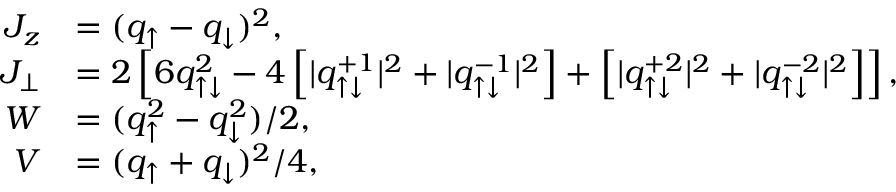
\begin{array} { r l } { J _ { z } } & { = ( q _ { \uparrow } - q _ { \downarrow } ) ^ { 2 } , } \\ { J _ { \perp } } & { = 2 \left[ 6 q _ { \uparrow \downarrow } ^ { 2 } - 4 \left[ | q _ { \uparrow \downarrow } ^ { + 1 } | ^ { 2 } + | q _ { \uparrow \downarrow } ^ { - 1 } | ^ { 2 } \right] + \left[ | q _ { \uparrow \downarrow } ^ { + 2 } | ^ { 2 } + | q _ { \uparrow \downarrow } ^ { - 2 } | ^ { 2 } \right] \right] , } \\ { W } & { = ( q _ { \uparrow } ^ { 2 } - q _ { \downarrow } ^ { 2 } ) / 2 , } \\ { V } & { = ( q _ { \uparrow } + q _ { \downarrow } ) ^ { 2 } / 4 , } \end{array}